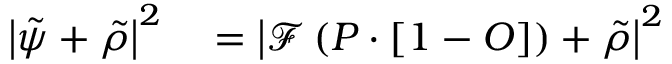
\begin{array} { r l } { \left| \tilde { \psi } + \tilde { \rho } \right| ^ { 2 } } & { { } = \left| \mathcal { F } \left( P \cdot \left[ 1 - O \right] \right) + \tilde { \rho } \right| ^ { 2 } } \end{array}